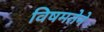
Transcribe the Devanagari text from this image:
विषमतेने